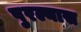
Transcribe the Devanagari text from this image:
पुरल्यास